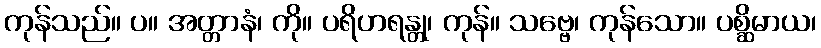
ကုန်သည်။ ပ။ အတ္တာနံ၊ ကို။ ပရိဟရန္တု၊ ကုန်။ သဗ္ဗေ၊ ကုန်သော။ ပစ္ဆိမာယ၊